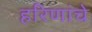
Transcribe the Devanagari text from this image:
हरिणांचे